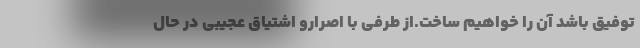
توفیق باشد آن را خواهیم ساخت.از طرفی با اصرارو اشتیاق عجیبی در حال